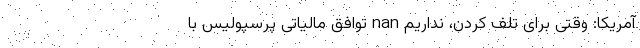
آمریکا: وقتی برای تلف کردن، نداریم nan توافق مالیاتی پرسپولیس با